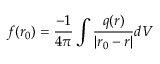
f ( \boldsymbol { r _ { 0 } } ) = \frac { - 1 } { 4 \pi } \int \frac { q ( \boldsymbol { r } ) } { | \boldsymbol { r _ { 0 } } - \boldsymbol { r } | } d V